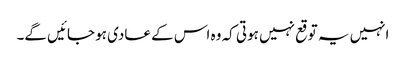
انہیں یہ توقع نہیں ہوتی کہ وہ اس کے عادی ہو جائیں گے۔